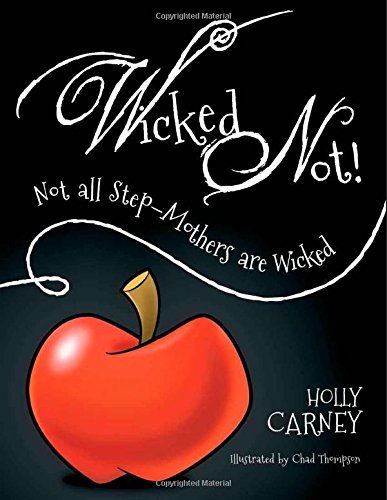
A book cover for Wicked Not!; Holly Carney; Parenting & Relationships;